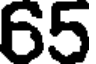
65